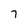
Character: 7